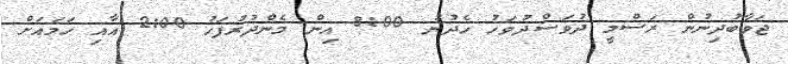
ޖަވާބުދިނުން ރަސްމީ ދުވަސްދުވަހު ހެދުނު 8:00 އިން މެންދުރުފަހު 2:00 އާއި ހަމައަށް